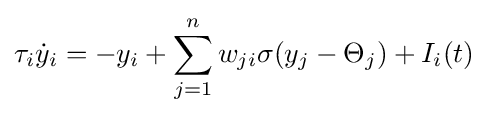
\tau _{i}{\dot {y}}_{i}=-y_{i}+\sum _{j=1}^{n}w_{ji}\sigma (y_{j}-\Theta _{j})+I_{i}(t)